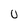
Character: 0